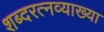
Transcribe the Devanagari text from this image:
शब्दरत्नव्याख्या